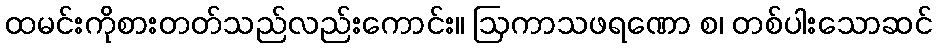
ထမင်းကိုစားတတ်သည်လည်းကောင်း။ ဩကာသဖရဏော စ၊ တစ်ပါးသောဆင်